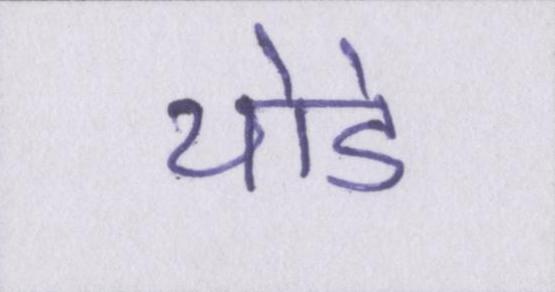
थोडे